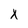
Character: x